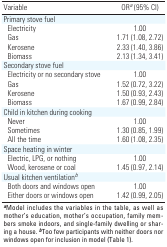
<table><thead><tr><td><b>Variable</b></td><td><b>ORa (95% CI)</b></td></tr></thead><tbody><tr><td>Primary stove fuel</td></tr><tr><td>Electricity</td><td>1.00</td></tr><tr><td>Gas</td><td>1.71 (1.08, 2.72)</td></tr><tr><td>Kerosene</td><td>2.33 (1.40, 3.86)</td></tr><tr><td>Biomass</td><td>2.13 (1.34, 3.41)</td></tr><tr><td>Secondary stove fuel</td></tr><tr><td>Electricity or no secondary stove</td><td>1.00</td></tr><tr><td>Gas</td><td>1.52 (0.72, 3.22)</td></tr><tr><td>Kerosene</td><td>1.50 (0.93, 2.43)</td></tr><tr><td>Biomass</td><td>1.67 (0.99, 2.84)</td></tr><tr><td>Child in kitchen during cooking</td></tr><tr><td>Never</td><td>1.00</td></tr><tr><td>Sometimes</td><td>1.30 (0.85, 1.99)</td></tr><tr><td>All the time</td><td>1.60 (1.08, 2.35)</td></tr><tr><td>Space heating in winter</td></tr><tr><td>Electric, LPG, or nothing</td><td>1.00</td></tr><tr><td>Wood, kerosene or coal</td><td>1.45 (0.97, 2.14)</td></tr><tr><td>Usual kitchen ventilationb</td></tr><tr><td>Both doors and windows open</td><td>1.00</td></tr><tr><td>Either doors or windows open</td><td>1.42 (0.99, 2.05)</td></tr><tr><td colspan="2">aModel includes the variables in the table, as well asmother’s education, mother’s occupation, family members smoke indoors,and single-family dwelling or sharing a house. bToo few participantswith neither doors nor windows open for inclusion in model (Table1).</td></tr></tbody></table>